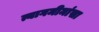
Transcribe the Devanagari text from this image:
त्यागमीमांसा